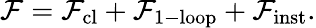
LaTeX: \mathcal{F}={\mathcal{F}}_{\mathrm{cl}}+{\mathcal{F}}_{\mathrm{1-loop}}+{\mathcal{F}}_{\mathrm{inst}}.